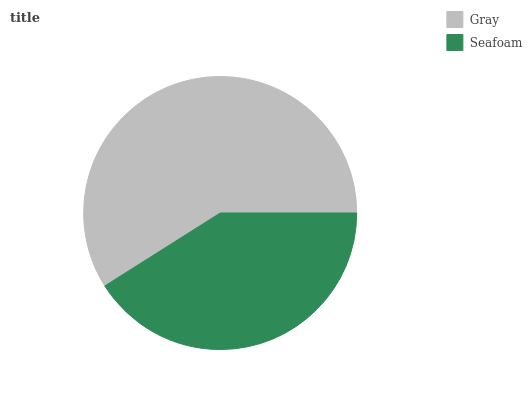
| Gray | Seafoam |
 | --- | --- |
 | 59% | 41% |